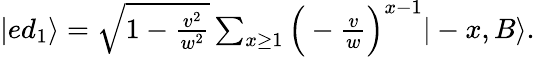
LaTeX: \begin{array}{r}{|ed_{1}\rangle=\sqrt{1-\frac{v^{2}}{w^{2}}}\sum_{x\geq 1}\Big(-\frac{v}{w}\Big)^{x-1}|-x,B\rangle.}\end{array}